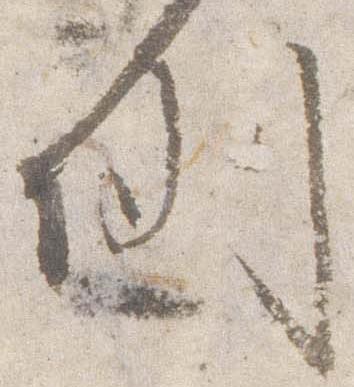
例